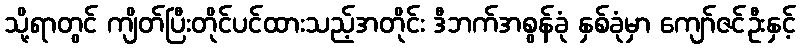
သို့ရာတွင် ကျိတ်ပြီးတိုင်ပင်ထားသည့်အတိုင်း ဒီဘက်အစွန်ခုံ နှစ်ခုံမှာ ကျော်ဇင်ဦးနှင့်